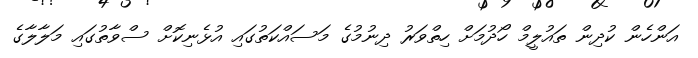
އަންހެން ކުދިން ތައުލީމް ހޯދުމަށް ހިތްވަރު ދިނުމުގެ މަސައްކަތުގައި އުޅެނިކޮށް ސްވާތުގައި މަލާލާގެ